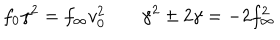
LaTeX: f _ { 0 } \gamma ^ { 2 } = f _ { \infty } v _ { 0 } ^ { 2 } \; \gamma ^ { 2 } \pm 2 \gamma = - 2 f _ { \infty } ^ { 2 }